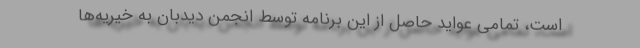
است، تمامی عواید حاصل از این برنامه توسط انجمن دیدبان به خیریه‌ها